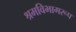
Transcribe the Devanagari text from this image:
श्रमविभागरूप